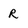
Character: R